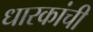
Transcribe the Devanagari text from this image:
धारकांची